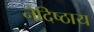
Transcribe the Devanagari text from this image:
नेदिष्ठाय